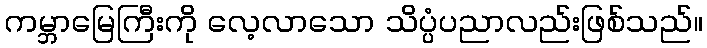
ကမ္ဘာမြေကြီးကို လေ့လာသော သိပ္ပံပညာလည်းဖြစ်သည်။